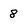
Character: 8